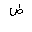
Letter: _dad